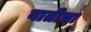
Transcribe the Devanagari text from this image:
वातीचा